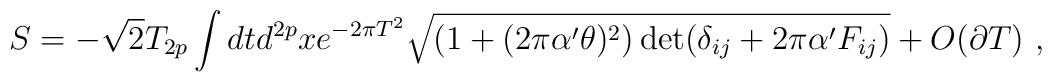
S=-\sqrt{2}T_{2p}\int dt d^{2p}x e^{-2\pi T^2}\sqrt{(1+(2\pi\alpha' \theta)^2)\det (\delta_{ij}+2\pi\alpha' F_{ij})}+O(\partial T) \ ,